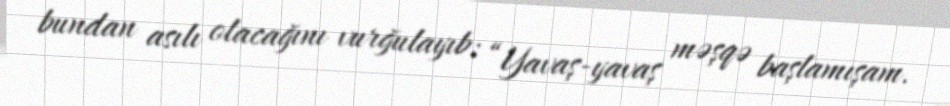
bundan asılı olacağını vurğulayıb: “Yavaş-yavaş məşqə başlamışam.